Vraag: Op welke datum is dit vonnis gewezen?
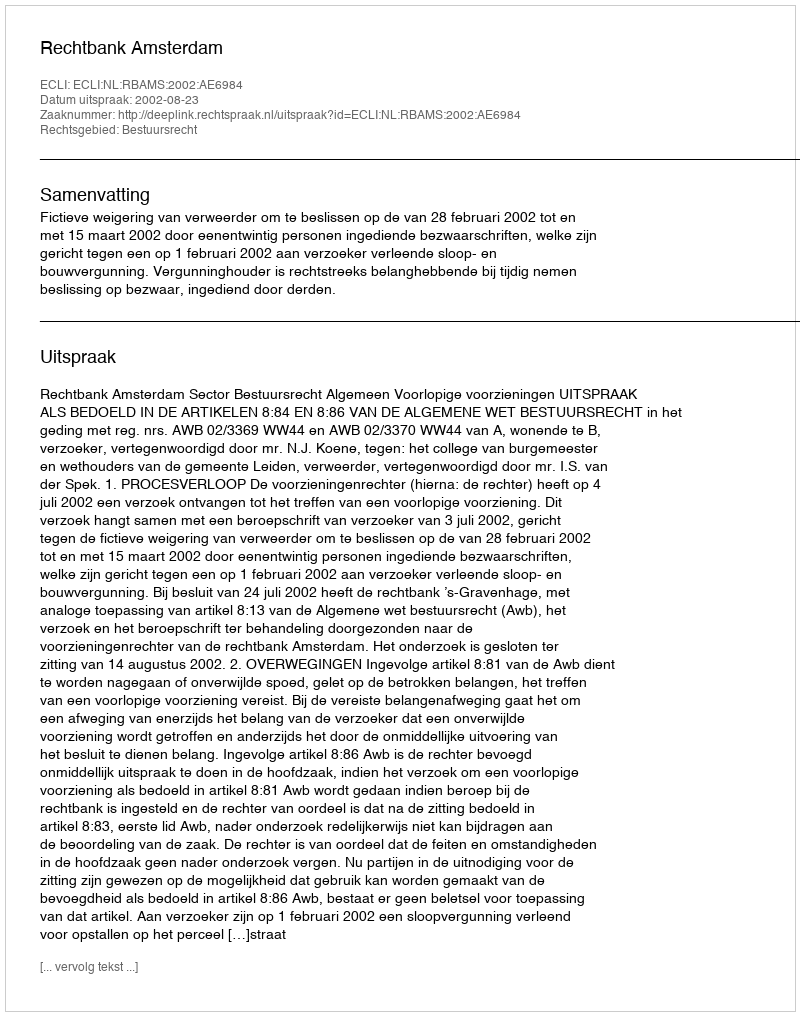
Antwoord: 2002-08-23